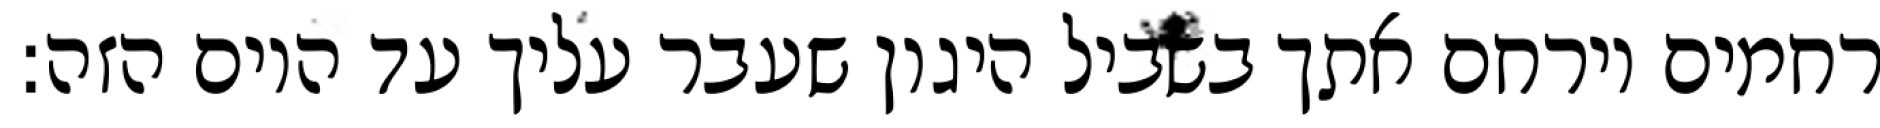
רחמים וירחם אתך בשביל היגון שעבר עליך עד היום הזה: